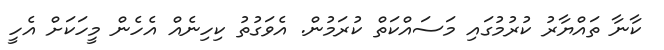
ކާނާ ތައްޔާރު ކުރުމުގައި މަސައްކަތް ކުރަމުން. އެވަގުތު ކިހިނެއް އެހެން މީހަކަށް އެހީ